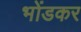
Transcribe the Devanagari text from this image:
भोंडकर